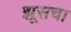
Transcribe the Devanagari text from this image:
झूसचा